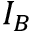
I _ { B }